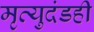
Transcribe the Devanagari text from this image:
मृत्युदंडही